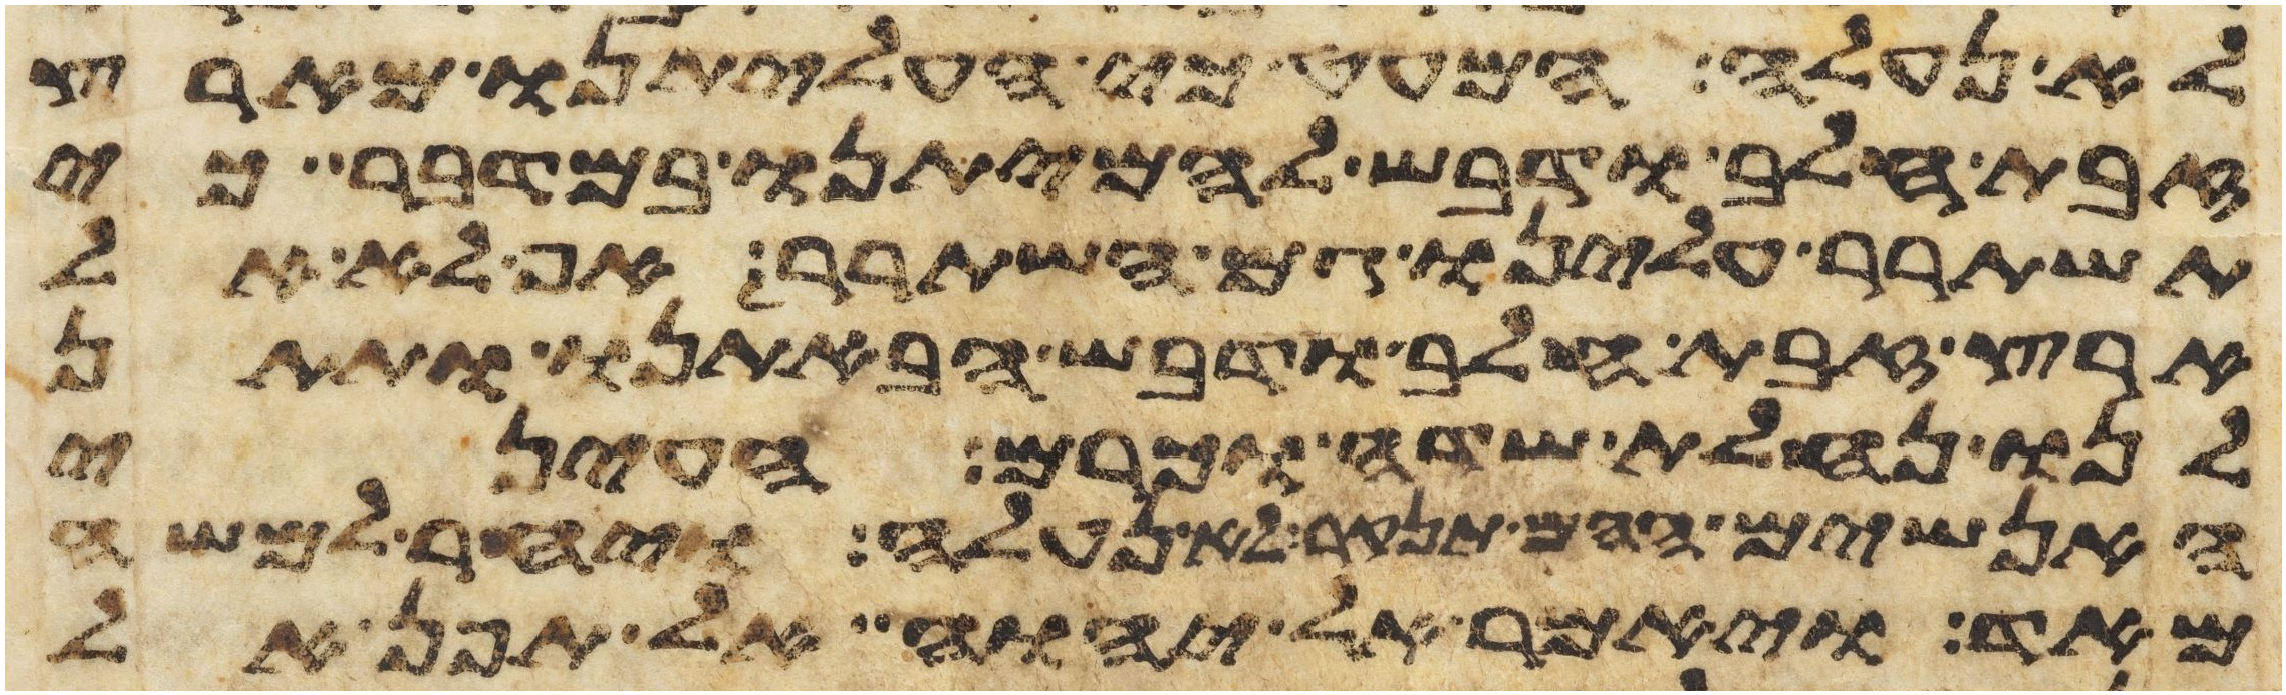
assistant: לא נעלה המעט כי העליתנו מארץ
זבת חלב ודבש להמיתנו במדבר כי
תשתרר עלינו גם השתרר אף לא אל
ארץ זבת חלב ודבש הבאתנו ותתן
לנו נחלת שדה או כרם העיני
האנשים ההם תנקר לא נעלה ויחר למשה
מאד ויאמר אל יהוה אל תפן אל